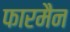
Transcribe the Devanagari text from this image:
फारमैन